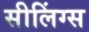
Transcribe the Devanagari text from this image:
सीलिंग्स